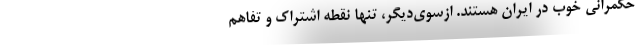
حکمرانی خوب در ایران هستند. ازسوی‌دیگر، تنها نقطه اشتراک و تفاهم